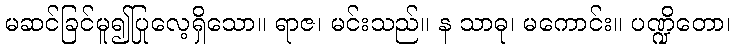
မဆင်ခြင်မူ၍ပြုလေ့ရှိသော။ ရာဇ၊ မင်းသည်။ န သာဓု၊ မကောင်း။ ပဏ္ဍိတော၊